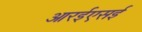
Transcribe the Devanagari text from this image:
आरईएसई